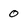
Character: 0